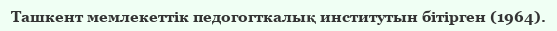
Ташкент мемлекеттік педогогткалық институтын бітірген (1964).